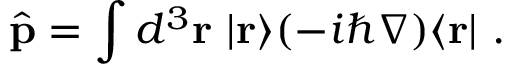
{ \hat { \mathbf { p } } } = \int d ^ { 3 } \mathbf { r } ~ | \mathbf { r } \rangle ( - i \hbar \nabla ) \langle \mathbf { r } | ~ .